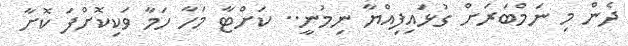
ދެން މި ނަމްބަރަށް ގުޅައިފިއްޔާ ނިމުނީ.. ކަށްޓާ މަހާ ހަމާ ވަކިކޮށްފަ ކޮށާ